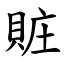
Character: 賍